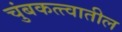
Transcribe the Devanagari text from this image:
चुंबकत्त्वातील